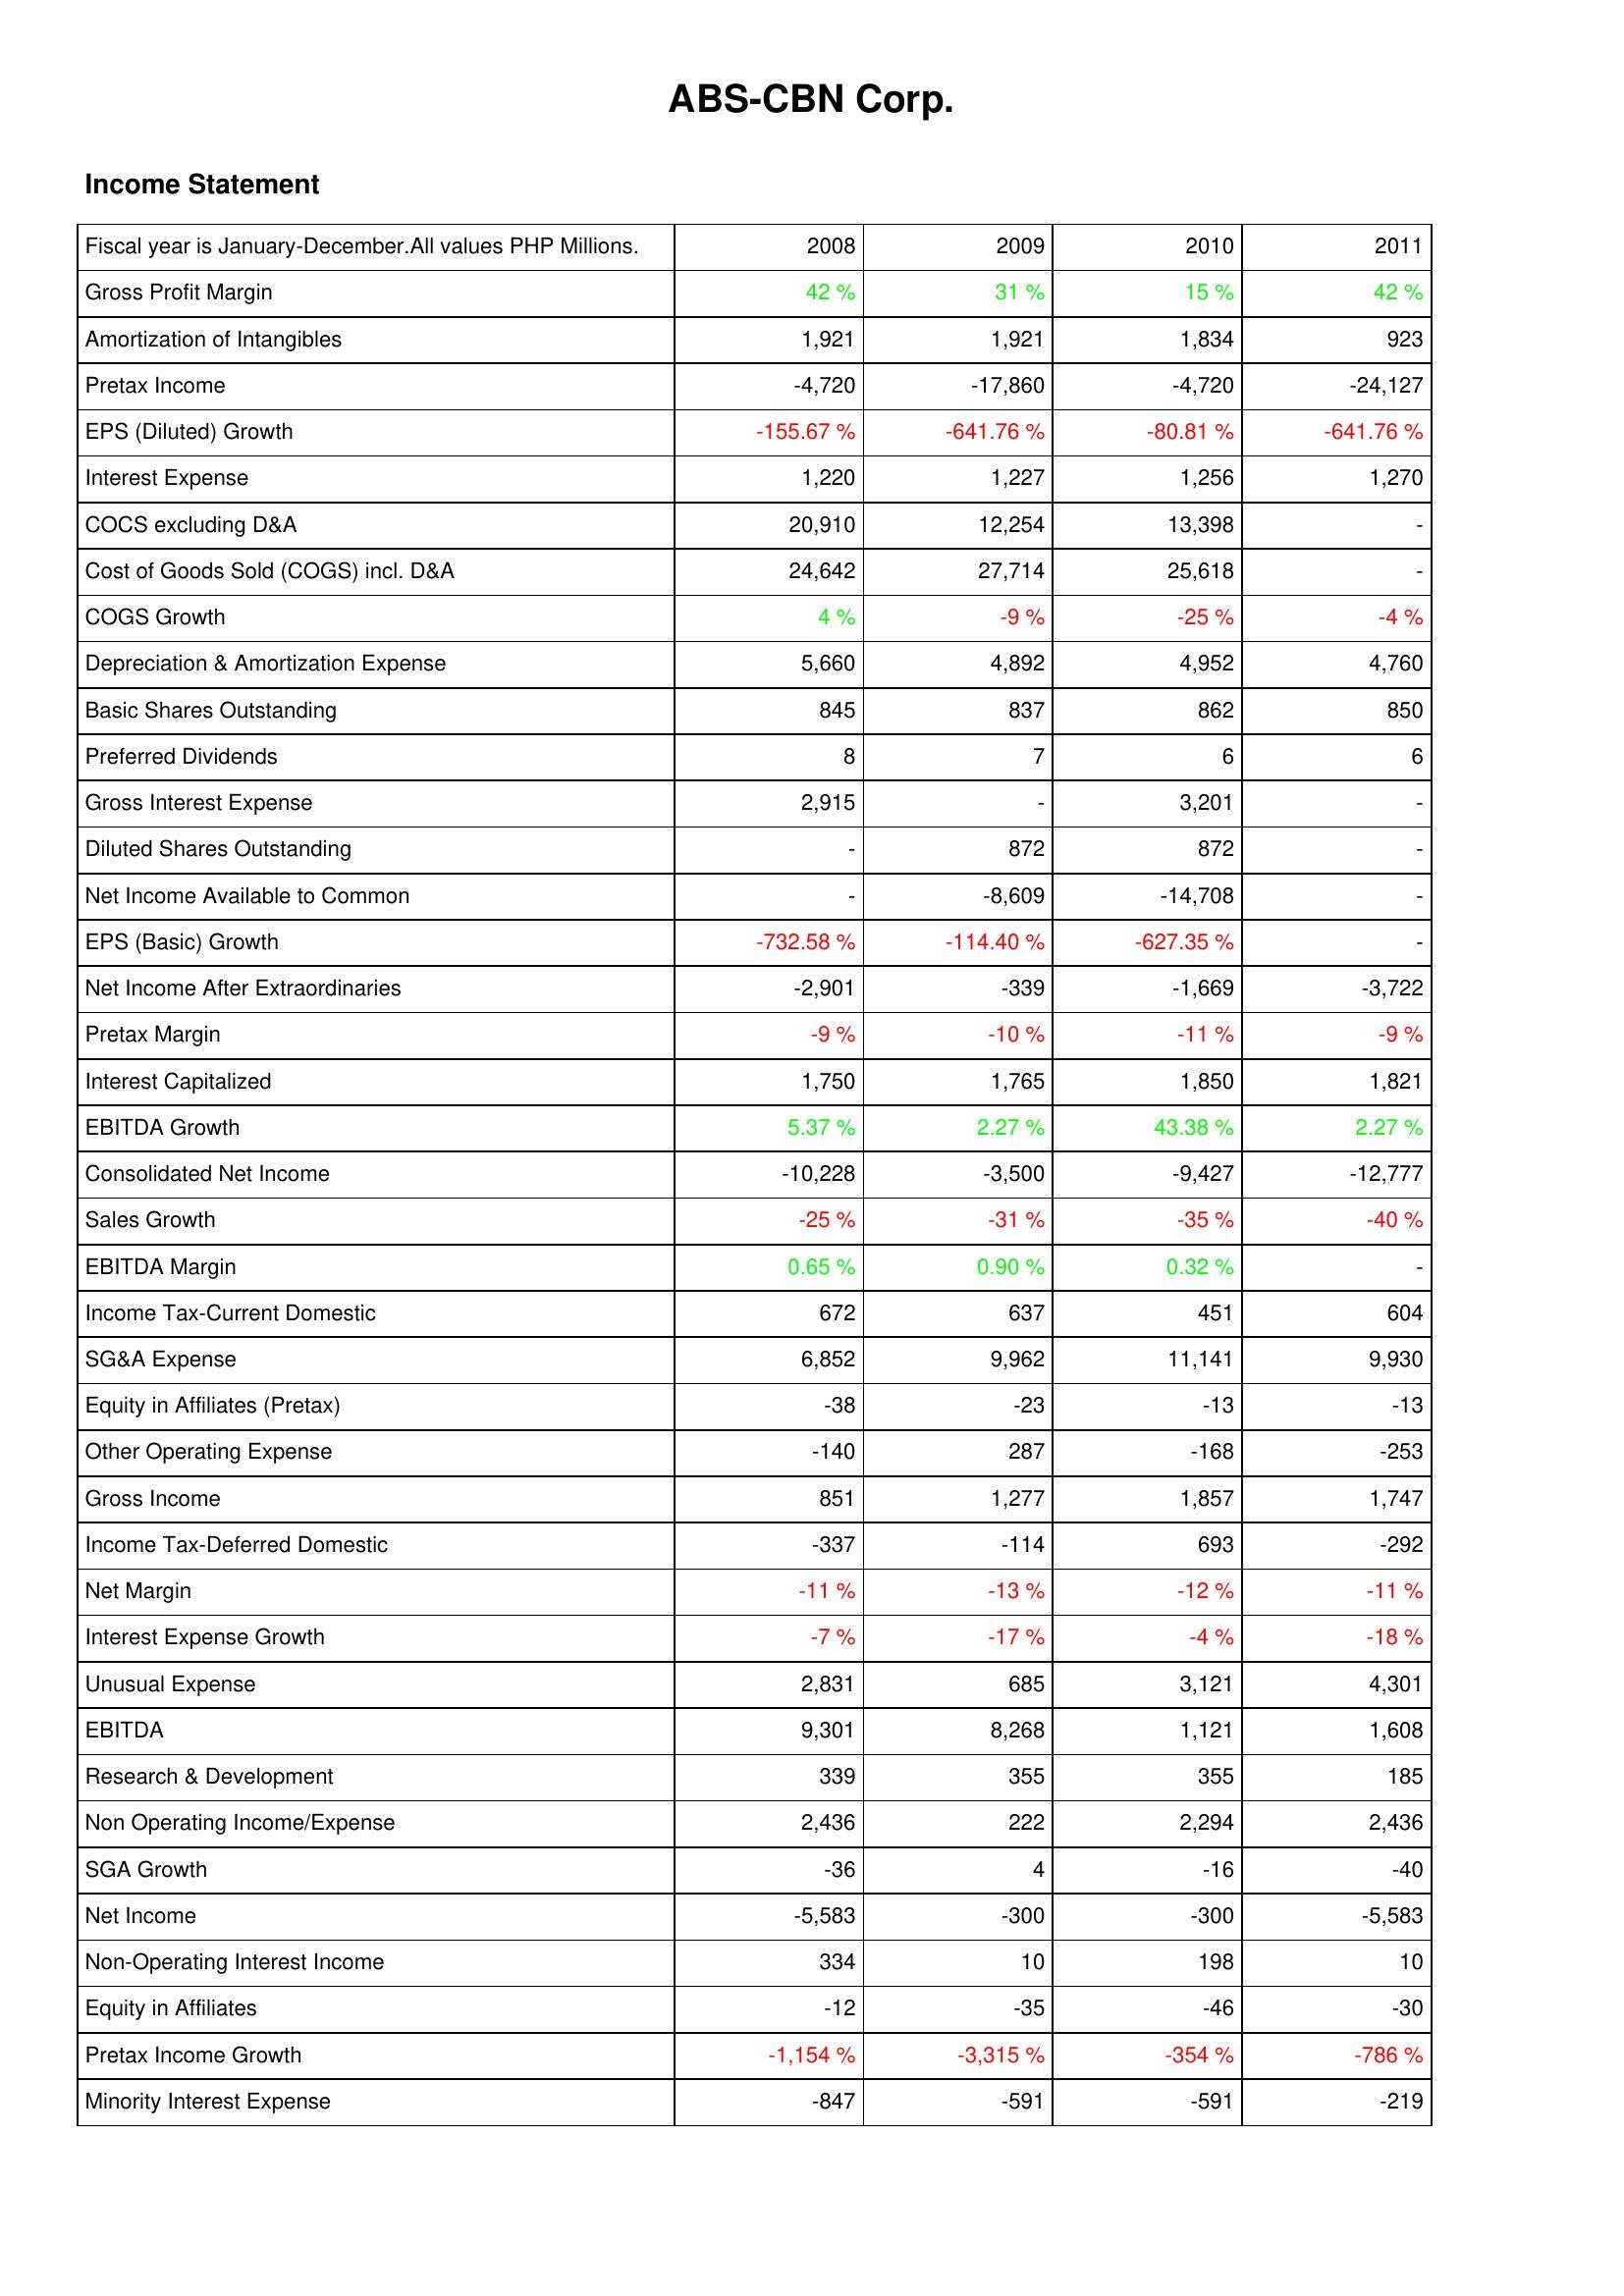
2008: Income Statement: Gross Profit Margin: 42 %
Amortization of Intangibles: 1,921
Pretax Income: -4,720
EPS (Diluted) Growth: -155.67 %
Interest Expense: 1,220
COCS excluding D&A: 20,910
Cost of Goods Sold (COGS) incl. D&A: 24,642
COGS Growth: 4 %
Depreciation & Amortization Expense: 5,660
Basic Shares Outstanding: 845
Preferred Dividends: 8
Gross Interest Expense: 2,915
Diluted Shares Outstanding: -
Net Income Available to Common: -
EPS (Basic) Growth: -732.58 %
Net Income After Extraordinaries: -2,901
Pretax Margin: -9 %
Interest Capitalized: 1,750
EBITDA Growth: 5.37 %
Consolidated Net Income: -10,228
Sales Growth: -25 %
EBITDA Margin: 0.65 %
Income Tax-Current Domestic: 672
SG&A Expense: 6,852
Equity in Affiliates (Pretax): -38
Other Operating Expense: -140
Gross Income: 851
Income Tax-Deferred Domestic: -337
Net Margin: -11 %
Interest Expense Growth: -7 %
Unusual Expense: 2,831
EBITDA: 9,301
Research & Development: 339
Non Operating Income/Expense: 2,436
SGA Growth: -36
Net Income: -5,583
Non-Operating Interest Income: 334
Equity in Affiliates: -12
Pretax Income Growth: -1,154 %
Minority Interest Expense: -847
2009: Income Statement: Gross Profit Margin: 31 %
Amortization of Intangibles: 1,921
Pretax Income: -17,860
EPS (Diluted) Growth: -641.76 %
Interest Expense: 1,227
COCS excluding D&A: 12,254
Cost of Goods Sold (COGS) incl. D&A: 27,714
COGS Growth: -9 %
Depreciation & Amortization Expense: 4,892
Basic Shares Outstanding: 837
Preferred Dividends: 7
Gross Interest Expense: -
Diluted Shares Outstanding: 872
Net Income Available to Common: -8,609
EPS (Basic) Growth: -114.40 %
Net Income After Extraordinaries: -339
Pretax Margin: -10 %
Interest Capitalized: 1,765
EBITDA Growth: 2.27 %
Consolidated Net Income: -3,500
Sales Growth: -31 %
EBITDA Margin: 0.90 %
Income Tax-Current Domestic: 637
SG&A Expense: 9,962
Equity in Affiliates (Pretax): -23
Other Operating Expense: 287
Gross Income: 1,277
Income Tax-Deferred Domestic: -114
Net Margin: -13 %
Interest Expense Growth: -17 %
Unusual Expense: 685
EBITDA: 8,268
Research & Development: 355
Non Operating Income/Expense: 222
SGA Growth: 4
Net Income: -300
Non-Operating Interest Income: 10
Equity in Affiliates: -35
Pretax Income Growth: -3,315 %
Minority Interest Expense: -591
2010: Income Statement: Gross Profit Margin: 15 %
Amortization of Intangibles: 1,834
Pretax Income: -4,720
EPS (Diluted) Growth: -80.81 %
Interest Expense: 1,256
COCS excluding D&A: 13,398
Cost of Goods Sold (COGS) incl. D&A: 25,618
COGS Growth: -25 %
Depreciation & Amortization Expense: 4,952
Basic Shares Outstanding: 862
Preferred Dividends: 6
Gross Interest Expense: 3,201
Diluted Shares Outstanding: 872
Net Income Available to Common: -14,708
EPS (Basic) Growth: -627.35 %
Net Income After Extraordinaries: -1,669
Pretax Margin: -11 %
Interest Capitalized: 1,850
EBITDA Growth: 43.38 %
Consolidated Net Income: -9,427
Sales Growth: -35 %
EBITDA Margin: 0.32 %
Income Tax-Current Domestic: 451
SG&A Expense: 11,141
Equity in Affiliates (Pretax): -13
Other Operating Expense: -168
Gross Income: 1,857
Income Tax-Deferred Domestic: 693
Net Margin: -12 %
Interest Expense Growth: -4 %
Unusual Expense: 3,121
EBITDA: 1,121
Research & Development: 355
Non Operating Income/Expense: 2,294
SGA Growth: -16
Net Income: -300
Non-Operating Interest Income: 198
Equity in Affiliates: -46
Pretax Income Growth: -354 %
Minority Interest Expense: -591
2011: Income Statement: Gross Profit Margin: 42 %
Amortization of Intangibles: 923
Pretax Income: -24,127
EPS (Diluted) Growth: -641.76 %
Interest Expense: 1,270
COCS excluding D&A: -
Cost of Goods Sold (COGS) incl. D&A: -
COGS Growth: -4 %
Depreciation & Amortization Expense: 4,760
Basic Shares Outstanding: 850
Preferred Dividends: 6
Gross Interest Expense: -
Diluted Shares Outstanding: -
Net Income Available to Common: -
EPS (Basic) Growth: -
Net Income After Extraordinaries: -3,722
Pretax Margin: -9 %
Interest Capitalized: 1,821
EBITDA Growth: 2.27 %
Consolidated Net Income: -12,777
Sales Growth: -40 %
EBITDA Margin: -
Income Tax-Current Domestic: 604
SG&A Expense: 9,930
Equity in Affiliates (Pretax): -13
Other Operating Expense: -253
Gross Income: 1,747
Income Tax-Deferred Domestic: -292
Net Margin: -11 %
Interest Expense Growth: -18 %
Unusual Expense: 4,301
EBITDA: 1,608
Research & Development: 185
Non Operating Income/Expense: 2,436
SGA Growth: -40
Net Income: -5,583
Non-Operating Interest Income: 10
Equity in Affiliates: -30
Pretax Income Growth: -786 %
Minority Interest Expense: -219